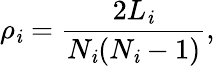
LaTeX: \rho_{\mathit{i}}=\frac{{2L_{\mathit{i}}}}{{N_{\mathit{i}}(N_{\mathit{i}}-1)}},